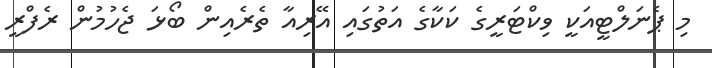
މި ޕެނަލްޓީއަކީ ވިކްޓަރީގެ ކަކާގެ އަތުގައި އޭރިއާ ތެރެއިން ބޯޅަ ޖެހުމުން ރެފްރީ